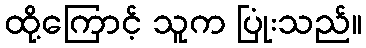
ထို့ကြောင့် သူက ပြုံးသည်။